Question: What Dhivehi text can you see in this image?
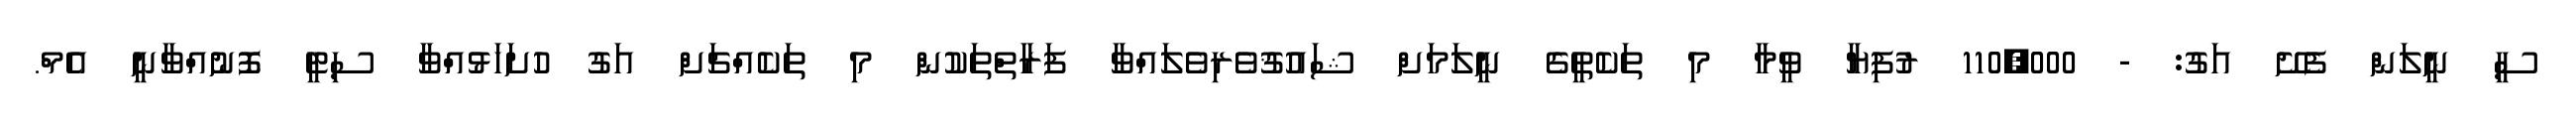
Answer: ސީ ނީލަން ފެށޭ އަގު: - 110,000 ރުފިޔާ ވީމާ މި ތަކެތީގެ ނީލަމަށް ޝައުޤުވެރިވެލައްވާ ފަރާތްތަކުން މި ތަކެއްޗަށް އަގު ހުށަހަޅުއްވާ ސިޓީ ފޮނުއްވާނީ އެމް.